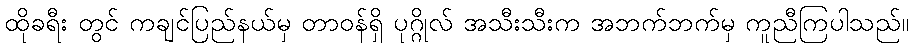
ထိုခရီး တွင် ကချင်ပြည်နယ်မှ တာဝန်ရှိ ပုဂ္ဂိုလ် အသီးသီးက အဘက်ဘက်မှ ကူညီကြပါသည်။